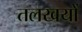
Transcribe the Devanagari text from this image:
तलखयों